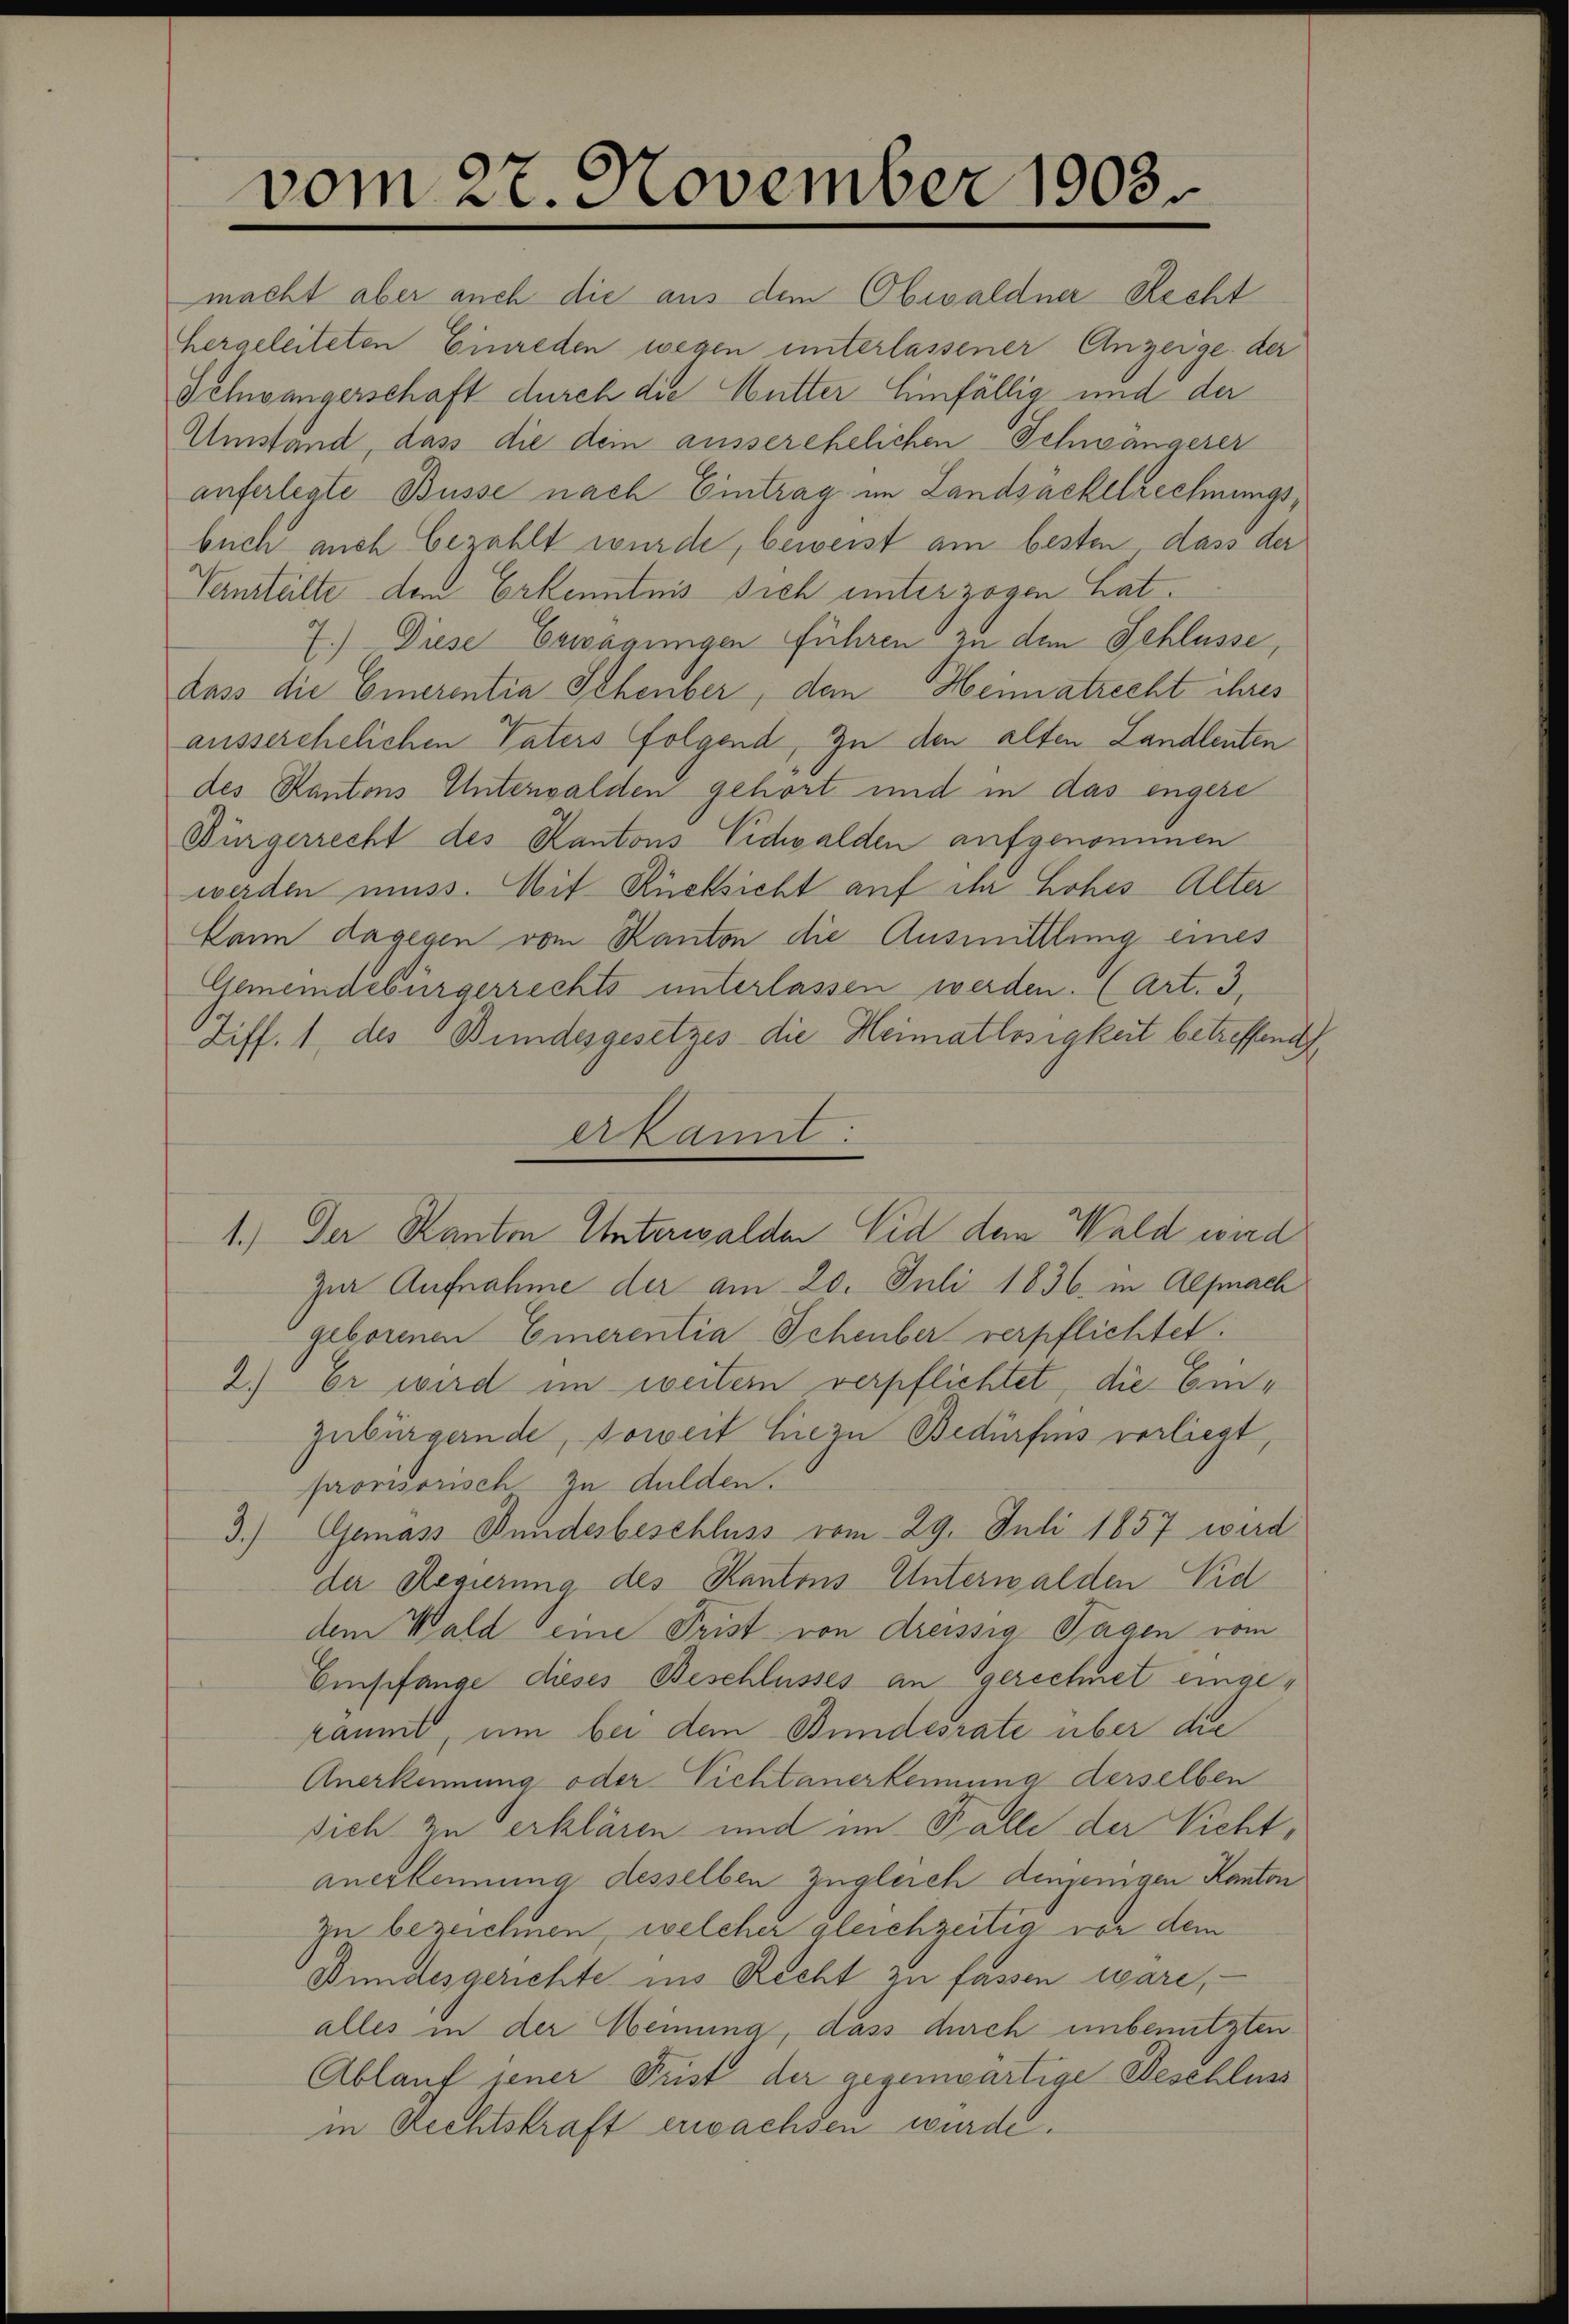
vom 27. November 1903.

macht aber auch die aus dem Obwaldner Recht
hergeleiteten Einreden wegen unterlassener Anzeige der
Schwängerschaft durch die Mutter Einfällig und der
Umstand, dass die dem ausserehelichen Schwängerer
auferlegte Busse nach Eintrag im Landsackelrechnungsbuch auch bezahlt wurde, beweist am besten dass der
Verurteilte dem Erkenntnis sich unterzogen Lat¬
7.) Diese Erwägungen führen zu dem Schlüsse,
dass die Einerentia Schenber, den Heimatrecht ihres
ausserehelichen Vaters folgend, zu den alten Landlenten
des Kantons Unterwalden gehört und in das engere
Bürgerrecht des Kantons Vidwalden aufgenommen
werden muss. Mit Rücksicht auf ihr hohes Alter
kann dagegen vom Kanton die Ausmittlung eines
Gemeindebürgerrechts unterlassen werden. (Art. 3,
Ziff. 1 des Bundesgesetzes die Heimatlosigkeit betreffen

zur Aufnahme der am 20. Juli 1836. in Alfmach
geborenen Einerentia Scheuber verpflichtet.
2.) Er wird im weitern verpflichtet, die Einzubürgernde, soweit hiezu Bedürfens vorliegt,
provisorisch zu dulden.
3.) Gemäss Bundesbeschluss vom 29. Juli 1857 wird
der Regierung des Kantons Unterwalden Nid
dem Wald eine Frist von dreissig Tagen vom
Empfange dieses Beschlusses an gerechnet eingeräumt, um bei dem Bundesrate über die
Anerkennung oder Vichtanerkennung derselben
sich zu erklären und im Falle der Vichtanerkennung desselben zugleich denjenigen Kanton
zu bezeichnen, welcher gleichzeitig von dem
Bundesgerichte ins Recht zu fassen wäre,
alles in der Meinung, dass durch unbenutzten
Ablauf jener Frist der gegenwärtige Beschluss
in Rechtskraft erwachsen wurde.

erkannt:

1.) Der Kanton Unterwalden Eid dem Wald wird

4
c